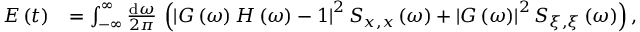
\begin{array} { r l } { E \left( t \right) } & { = \int _ { - \infty } ^ { \infty } \frac { \mathrm { d } \omega } { 2 \pi } \, \left( \left| G \left( \omega \right) H \left( \omega \right) - 1 \right| ^ { 2 } S _ { x , x } \left( \omega \right) + \left| G \left( \omega \right) \right| ^ { 2 } S _ { \xi , \xi } \left( \omega \right) \right) , } \end{array}